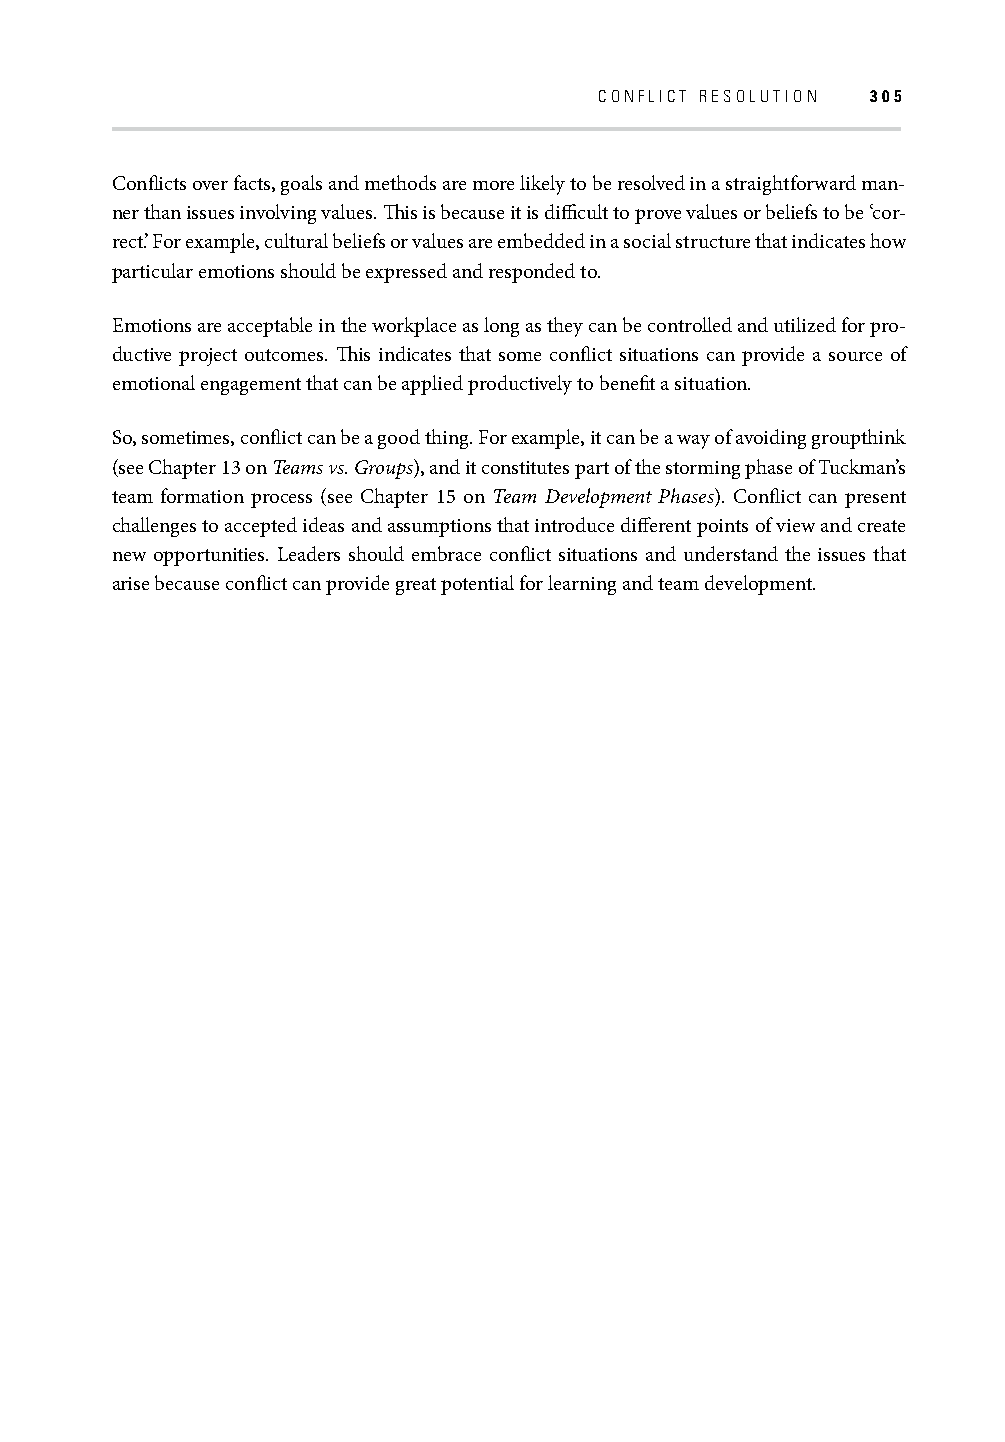
CONFLICT RESOLUTION 305
 Confl icts over facts, goals and methods are more likely to be resolved in a straightforward man-
 ner than issues involving values. Th is is because it is diffi cult to prove values or beliefs to be ‘cor-
 rect’. For example, cultural beliefs or values are embedded in a social structure that indicates how
 particular emotions should be expressed and responded to.
 Emotions are acceptable in the workplace as long as they can be controlled and utilized for pro-
 ductive project outcomes. Th is indicates that some confl ict situations can provide a source of
 emotional engagement that can be applied productively to benefi t a situation.
 So, sometimes, confl ict can be a good thing. For example, it can be a way of avoiding groupthink
 (see Chapter 13 on Teams vs. Groups), and it constitutes part of the storming phase of Tuckman’s
 team formation process (see Chapter 15 on Team Development Phases). Confl ict can present
 challenges to accepted ideas and assumptions that introduce diff erent points of view and create
 new opportunities. Leaders should embrace confl ict situations and understand the issues that
 arise because confl ict can provide great potential for learning and team development.